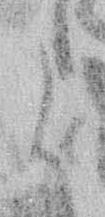
よ